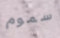
سموم